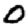
Digit: 0